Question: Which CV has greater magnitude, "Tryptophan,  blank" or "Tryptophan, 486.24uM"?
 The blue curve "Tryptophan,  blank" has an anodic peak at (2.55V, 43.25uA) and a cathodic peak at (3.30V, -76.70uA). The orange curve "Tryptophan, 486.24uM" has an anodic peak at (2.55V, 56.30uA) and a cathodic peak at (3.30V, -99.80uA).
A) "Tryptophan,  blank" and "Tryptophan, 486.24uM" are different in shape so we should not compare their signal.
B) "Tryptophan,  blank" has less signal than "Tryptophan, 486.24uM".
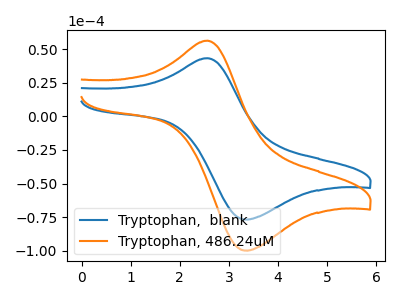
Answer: <think>All the peaks in "Tryptophan,  blank" have a peak in "Tryptophan, 486.24uM" at the same potential. Every peak in "Tryptophan,  blank" is lower than every peak in "Tryptophan, 486.24uM".
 </think>
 <answer>B) "Tryptophan,  blank" has less signal than "Tryptophan, 486.24uM".</answer>
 <eval>B</eval>